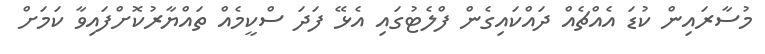
މުސާރައިން ކުޑަ އެއްޗެއް ދައްކައިގެން ފްލެޓުގައި އެޅޭ ފަދަ ސްކީމެއް ތައްޔާރުކޮށްފައިވާ ކަމަށް